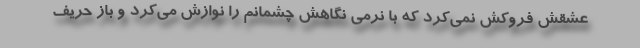
عشقش فروکش نمی‌کرد که با نرمی نگاهش چشمانم را نوازش می‌کرد و باز حریف